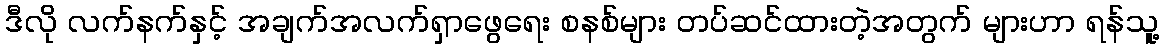
ဒီလို လက်နက်နှင့် အချက်အလက်ရှာဖွေရေး စနစ်များ တပ်ဆင်ထားတဲ့အတွက် များဟာ ရန်သူ့